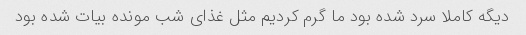
دیگه کاملا سرد شده بود ما گرم کردیم مثل غذای شب مونده بیات شده بود